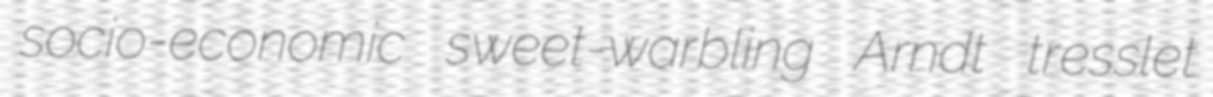
socio-economic sweet-warbling Arndt tresslet